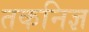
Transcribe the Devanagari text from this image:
तकनिज्ञ